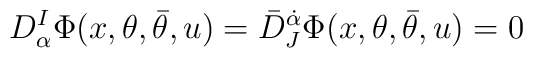
D^I_\alpha \Phi(x,\theta,\bar\theta,u) = \bar D^{\dot\alpha}_J\Phi(x,\theta,\bar\theta,u)=0